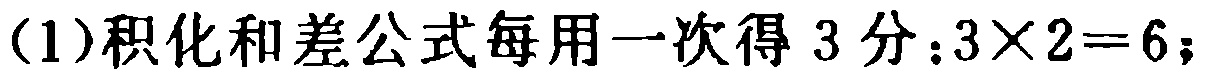
(1)积化和差公式每用一次得 3 分：\(3\times2 = 6\)；